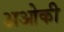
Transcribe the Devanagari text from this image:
अओकी